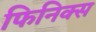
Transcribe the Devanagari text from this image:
फिनिक्‍स